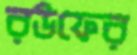
রউফের